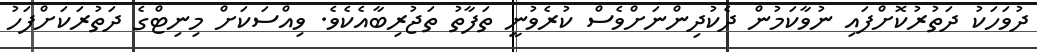
ދުވަހަކު ދަތުރުކޮށްފައި ނުވާކަމުން ދެކުދިންނަށްވެސް ކުރެވުނީ ތަފާތު ތަޖުރިބާއެކެވެ. ވިއްސަކަށް މިނިޓްގެ ދަތުރަކަށްފަހު